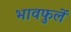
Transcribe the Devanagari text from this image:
भावफुलें